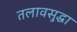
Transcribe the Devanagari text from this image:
तलावसुद्धा